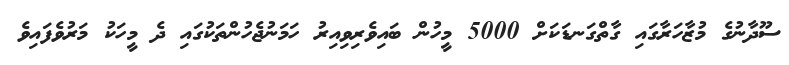
ސޫދާނުގެ މުޒާހަރާގައި ގާތްގަނޑަކަށް 5000 މީހުން ބައިވެރިވިއިރު ހަމަނުޖެހުންތަކުގައި ދެ މީހަކު މަރުވެފައިވެ